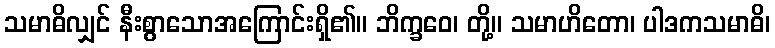
သမာဓိလျှင် နီးစွာသောအကြောင်းရှိ၏။ ဘိက္ခဝေ၊ တို့။ သမာဟိတော၊ ပါဒကသမာဓိ၊